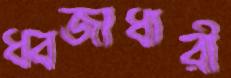
ধ্বজাধারী